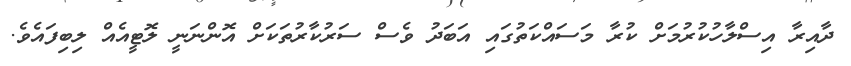
ދާއިރާ އިސްލާހުކުރުމަށް ކުރާ މަސައްކަތުގައި އަބަދު ވެސް ސަރުކާރުތަކަށް އޮންނަނީ ލޮޓީއެއް ލިބިފައެވެ.